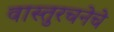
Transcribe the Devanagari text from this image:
वास्तुरचनेचे